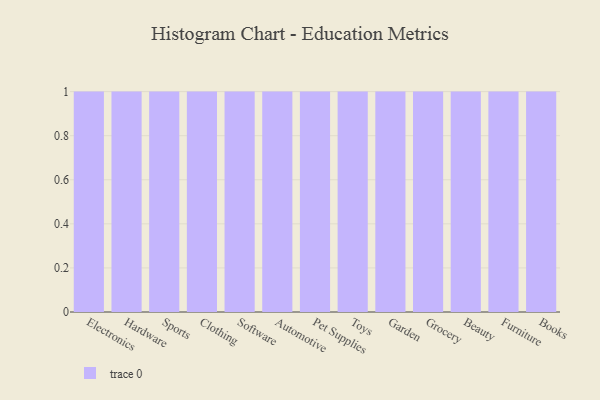
{"axis": {"x": "Category", "y": "Headcount"}, "legend": [""], "data": [{"x": "Electronics", "y": 48, "type": ""}, {"x": "Hardware", "y": 55, "type": ""}, {"x": "Sports", "y": 95, "type": ""}, {"x": "Clothing", "y": 32, "type": ""}, {"x": "Software", "y": 22, "type": ""}, {"x": "Automotive", "y": 33, "type": ""}, {"x": "Pet Supplies", "y": 28, "type": ""}, {"x": "Toys", "y": 63, "type": ""}, {"x": "Garden", "y": 48, "type": ""}, {"x": "Grocery", "y": 85, "type": ""}, {"x": "Beauty", "y": 95, "type": ""}, {"x": "Furniture", "y": 38, "type": ""}, {"x": "Books", "y": 43, "type": ""}]}